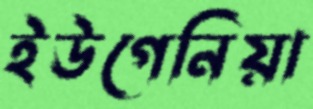
ইউগেনিয়া